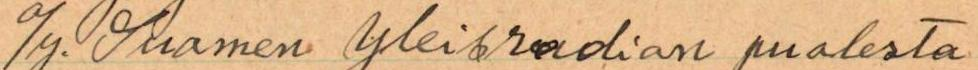
o/y Suomen yleisradion puolesta